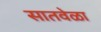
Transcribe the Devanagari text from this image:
सातवेळा